Report on vaccination in the Province of Bengal - 1874-1889
Year: 1874
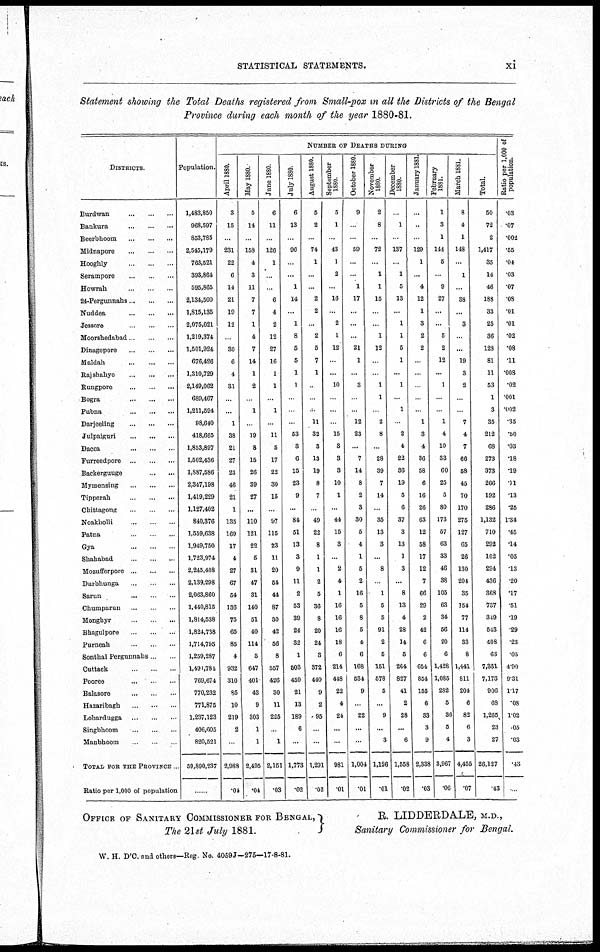
STATISTICAL STATEMENTS.
xi
Statement showing the Total Deaths registered from Small-pox in all the Districts of the Bengal
Province during each month of the year 1880-81.
DISTRICTS.
Burdwan
...
...
...
Bankura
...
...
...
Beerbhoom
...
...
...
Midnapore ... ... ...
Hooghly
...
...
...
Serampore
...
...
...
Howrah
...
...
...
24-Pergunnahs ... ... ...
Nuddea
...
...
...
Jessore
...
...
...
Moorshedabad ... ... ...
Dinagepore
...
...
...
Maldah
...
...
...
Rajshahye ... ... ...
Rungpore
...
...
...
Bogra
...
...
...
Pubna
...
...
...
Darjeeling
...
...
...
Julpaiguri
...
...
...
Dacca
...
...
...
Furreedpore
...
...
...
Backerguuge ... ...
Mymensing
...
...
...
Tipperah
...
...
...
Chittagong
...
...
...
Noakholli
...
...
...
Patna
...
...
...
Gya
...
...
...
Shahabad
...
...
...
Mozufferpore
...
...
...
Durbhunga
...
...
...
Sarun
...
...
...
Chumparun
...
...
...
Monghyr
...
...
...
Bhagulpore
...
...
...
Purneah
...
...
...
Sonthal Pergunnahs ... ...
Cuttack
...
...
...
Pooree
...
...
...
Balasore
...
...
...
Hazaribagh
...
...
...
Lohardugga
...
...
...
Singbhoom ... ... ...
Manbhoom ... ... ...
TOTAL FOR THE PROVINCE ..
Ratio per 1,000 of population
Population.
1,483,850
968,597
853,785
2,545,179
763,521
393,864
595,865
2,134,500
1,815,135
2,075,021
1,219,374
1,501,924
676,426
1,310,729
2,149,062
689,467
1,211,594
98,640
418,665
1,853,897
1,502,436
1,887,586
2,347,198
1,419,229
1,127,402
840,376
1,559,638
1,949,750
1,723,974
2,245,408
2,139,298
2,063,860
1,440,815
1,814,538
1,824,738
1,714,795
1,259,287
1,491,784
769,674
770,232
771,875
1,237,123
406,605
820,521
59,890,237
......
NUMBER OF DEATHS DURING
April 1880.
3
15
...
231
22
6
14
21
19
12
...
30
6
4
31
...
...
1
38
21
27
23
46
21
1
135
169
17
4
27
67
54
136
75
65
85
4
932
310
85
10
219
2
...
2,988
.04
May 1880.
5
14
...
158
4
3
11
7
7
1
4
7
14
1
2
...
1
...
19
8
15
26
39
27
...
110
121
22
5
31
47
31
140
51
40
114
5
647
401
43
9
303
1
1
2,495
.04
June 1880.
6
11
...
126
1
...
...
6
4
2
12
27
16
1
1
...
1
...
11
5
17
22
30
15
...
97
115
23
11
20
54
44
87
30
42
56
8
557
426
30
11
225
...
1
2,151
.03
July 1880.
6
13
...
96
...
...
1
14
...
1
8
5
5
1
1
...
...
...
53
3
6
15
23
9
...
84
51
13
3
9
11
2
53
39
24
32
1
503
459
21
13
189
6
...
1,773
.02
August 1880.
5
2
...
74
1
...
...
2
2
...
2
5
7
1
...
...
...
11
32
3
13
19
8
7
...
49
22
8
1
1
2
5
36
8
20
24
3
372
440
9
2
95
...
...
1,291
.02
September
1880.
5
1
...
43
1
2
...
16
...
2
1
12
...
...
10
...
...
...
15
3
3
3
10
1
...
44
15
3
...
2
4
1
16
16
16
18
6
214
448
22
4
24
...
...
981
.01
October 1880.
9
...
...
59
...
...
1
17
...
...
...
21
1
...
3
...
...
12
23
...
7
14
8
2
3
30
5
4
1
5
2
16
5
8
5
4
6
168
534
9
...
22
...
...
1,004
.01
November
1880.
2
8
...
72
...
1
1
15
...
...
1
12
...
...
1
1
...
2
8
...
28
39
7
14
...
35
13
3
...
8
...
1
5
5
91
2
5
151
578
5
...
9
...
3
1,126
.01
December
1880.
...
1
...
137
...
1
5
13
...
1
1
5
1
...
1
...
1
...
2
4
22
36
19
5
6
37
3
13
1
3
...
8
13
4
28
14
5
264
827
41
2
28
...
6
1,558
.02
January 1881.
...
...
...
129
1
...
4
12
1
3
2
2
...
...
...
...
...
1
3
4
36
58
6
16
26
63
12
58
17
12
7
66
29
2
42
6
6
654
854
155
6
33
3
9
2,338
.03
February
1881.
1
3
1
144
5
...
9
27
...
...
5
2
12
...
1
...
...
1
4
10
33
60
25
5
80
173
57
63
33
46
38
105
63
34
56
20
6
1,428
1,085
282
5
36
5
4
3,967
.06
March 1881.
8
4
1
148
...
1
...
38
...
3
...
...
19
3
2
...
...
7
4
7
66
58
45
70
170
275
127
65
26
130
204
35
154
77
114
33
8
1,441
811
204
6
82
6
3
4,455
.07
Total.
50
72
2
1,417
35
14
46
188
33
25
36
128
81
11
53
1
3
35
212
68
273
373
266
192
286
1,132
710
292
102
294
436
368
737
349
543
408
63
7,331
7,173
906
68
1,265
23
27
26,127
.43
Ratio per 1,000 of
population.
.03
.07
.002
.55
.04
.03
.07
.08
.01
.01
.02
.08
.11
.008
.02
.001
.002
.35
.50
.03
.18
.19
.11
.13
.25
1.34
.45
.14
.05
.13
.20
.17
.51
.19
.29
.23
.05
4.90
9.31
1.17
.08
1.02
.05
.03
.43
...
OFFICE OF SANITARY COMMISSIONER FOR BENGAL,
The 21st July 1881.
R. LIDDERDALE, M.D.,
Sanitary Commissioner for Bengal.
W. H. D'C. and others—Reg. No. 4059J—275—17-8-81.